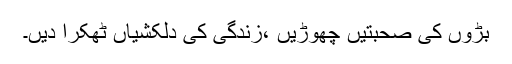
بڑوں کی صحبتیں چھوڑیں ،زندگی کی دلکشیاں ٹھکرا دیں۔